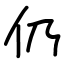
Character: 仍